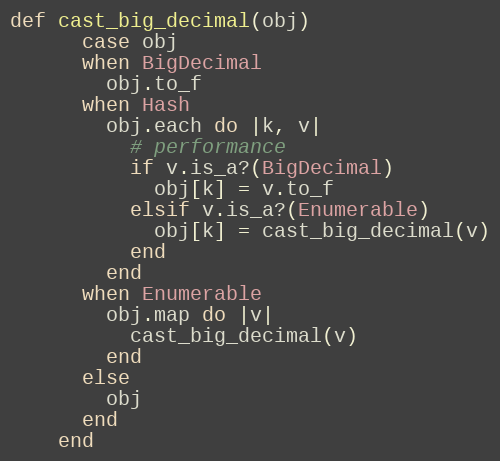
Language: Ruby
def cast_big_decimal(obj)
      case obj
      when BigDecimal
        obj.to_f
      when Hash
        obj.each do |k, v|
          # performance
          if v.is_a?(BigDecimal)
            obj[k] = v.to_f
          elsif v.is_a?(Enumerable)
            obj[k] = cast_big_decimal(v)
          end
        end
      when Enumerable
        obj.map do |v|
          cast_big_decimal(v)
        end
      else
        obj
      end
    end